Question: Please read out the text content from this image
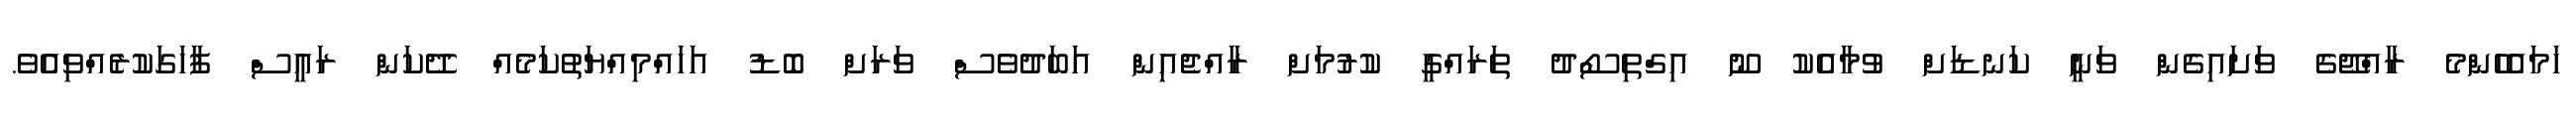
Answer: ހަމައެހެންމެ ރާއްޖޭގެ ވަށައިގެން ވަނީ ކަނޑަށް ވުމާއެކު ނޫ އިގްތިސޯދު ތަރައްގީ ކުރުމަށް ރާއްޖެއިން އަބަދުވެސް ވަރަށް ބޮޑު އަހައްމިއްޔަތުކަމެއް ދޭކަން ރައީސް ފާހަގަކުރެއްވިއެވެ.